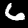
Digit: 6